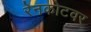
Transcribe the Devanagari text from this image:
रेनकोटवर